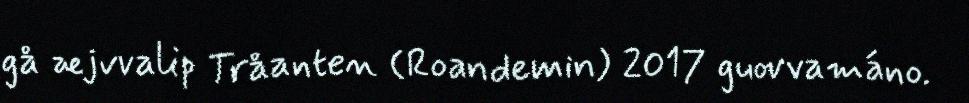
gå æjvvalip Tråanten (Roandemin) 2017 guovvamáno.